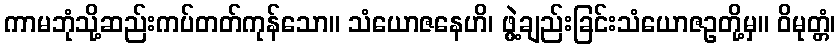
ကာမဘုံသို့ဆည်းကပ်တတ်ကုန်သော။ သံယောဇနေဟိ၊ ဖွဲ့ချည်းခြင်းသံယောဇဥတို့မှ။ ဝိမုတ္တံ၊